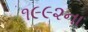
૧૯૯૨ના